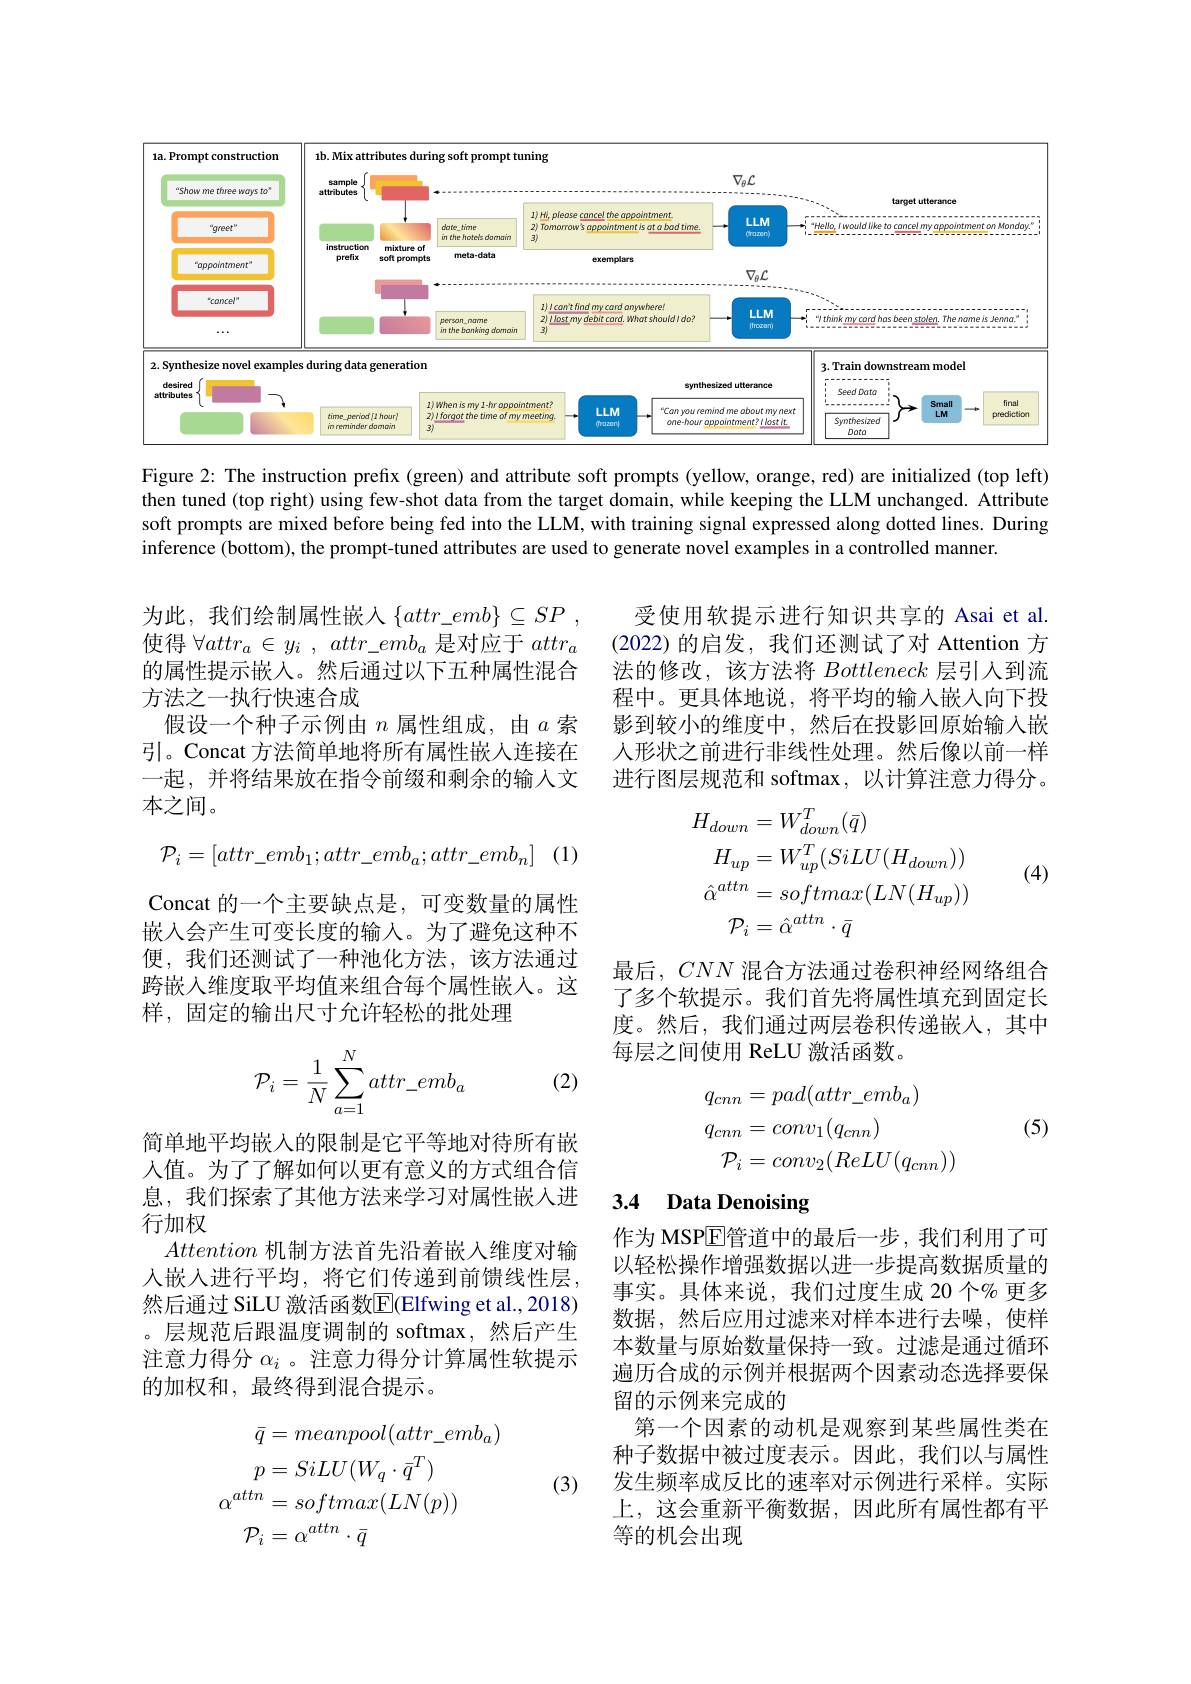
<FigureHere>

Figure 2: The instruction prefix (green) and attribute soft prompts (yellow, orange, red) are initialized (top left) then tuned (top right) using few-shot data from the target domain, while keeping the LLM unchanged. Attribute soft prompts are mixed before being fed into the LLM, with training signal expressed along dotted lines. During inference (bottom), the prompt-tuned attributes are used to generate novel examples in a controlled manner.

受使用软提示进行知识共享的 Asai et al (2022)的启发，我们还测试了对 Attention 方法的修改，该方法将Bottleneck层引入到流程中。更具体地说，将平均的输入嵌入向下投影到较小的维度中，然后在投影回原始输入嵌人形状之前进行非线性处理。然后像以前一样进行图层规范和 softmax, 以计算注意力得分。

为此，我们绘制属性嵌入$\{ attr\_ emb\} \subseteq SP$ , 使得$\forall attr_a\in y_i$ , $attr\_ emb_a$是对应于$attr_a$ 的属性提示嵌入。然后通过以下五种属性混合方法之一执行快速合成
假设一个种子示例由$n$属性组成，由$a$索引。Concat 方法简单地将所有属性嵌入连接在一起，并将结果放在指令前缀和剩余的输入文本之间。
$$\mathcal{P}_i=[attr_emb_1;attr_emb_a;attr_emb_n]$$
$$\begin{aligned}H_{down}&=W_{down}^{T}(\bar{q})\\H_{up}&=W_{up}^{T}(SiLU(H_{down}))\\\hat{\alpha}^{attn}&=softmax(LN(H_{up}))\\\mathcal{P}_{i}&=\hat{\alpha}^{attn}\cdot\bar{q}\end{aligned}$$
(4)

Concat 的一个主要缺点是，可变数量的属性嵌入会产生可变长度的输入。为了避免这种不便，我们还测试了一种池化方法，该方法通过跨嵌入维度取平均值来组合每个属性嵌人。这样，固定的输出尺寸允许轻松的批处理

最后，$CNN$混合方法通过卷积神经网络组合了多个软提示。我们首先将属性填充到固定长度。然后，我们通过两层卷积传递嵌入，其中每层之间使用 ReLU 激活函数。

(2)
$$\begin{aligned}\mathcal{P}_i=\frac{1}{N}\sum_{a=1}^Nattr_emb_a\end{aligned}$$
$$\begin{aligned}q_{cnn}&=pad(attr_emb_a)\\q_{cnn}&=conv_1(q_{cnn})\\\mathcal{P}_{i}&=conv_2(ReLU(q_{cnn}))\end{aligned}$$
(5)

### 3.4 Data Denoising

简单地平均嵌入的限制是它平等地对待所有嵌人值。为了了解如何以更有意义的方式组合信息，我们探索了其他方法来学习对属性嵌入进行加权
Attention机制方法首先沿着嵌入维度对输人嵌入进行平均，将它们传递到前馈线性层， 然后通过 SiLU 激活函数$\overline{\mathrm{E}}($Elfwing et al.,2018) 。层规范后跟温度调制的 softmax,然后产生注意力得分$\alpha_i$ 。注意力得分计算属性软提示的加权和，最终得到混合提示。

作为 MSP$\overline{\mathrm{E}}$管道中的最后一步，我们利用了可以轻松操作增强数据以进一步提高数据质量的事实。具体来说，我们过度生成 20 个% 更多数据，然后应用过滤来对样本进行去噪，使样本数量与原始数量保持一致。过滤是通过循环遍历合成的示例并根据两个因素动态选择要保留的示例来完成的
第一个因素的动机是观察到某些属性类在种子数据中被过度表示。因此，我们以与属性发生频率成反比的速率对示例进行采样。实际上，这会重新平衡数据，因此所有属性都有平等的机会出现

(3)
$$\begin{aligned}\bar{q}&=meanpool(attr_emb_{a})\\p&=SiLU(W_{q}\cdot\bar{q}^{T})\\\alpha^{attn}&=softmax(LN(p))\\\mathcal{P}_{i}&=\alpha^{attn}\cdot\bar{q}\end{aligned}$$